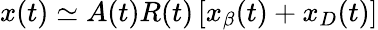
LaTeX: \begin{array}{r}{x(t)\simeq A(t)R(t)\left[x_{\beta}(t)+x_{D}(t)\right]}\end{array}